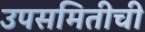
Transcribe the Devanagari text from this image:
उपसमितीची